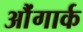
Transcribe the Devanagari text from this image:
औंगार्क